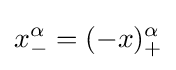
x_{-}^{\alpha }=(-x)_{+}^{\alpha }